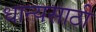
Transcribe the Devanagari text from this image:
धान्यसाठी